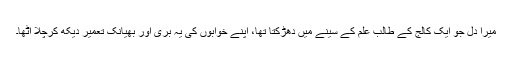
میرا دل جو ایک کالج کے طالب علم کے سینے میں دھڑکتا تھا، اپنے خوابوں کی یہ بُری اور بھیانک تعمیر دیکھ کرچلا اٹھا۔